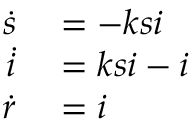
\begin{array} { r l } { \dot { s } } & { { } = - k s i } \\ { \dot { i } } & { { } = k s i - i } \\ { \dot { r } } & { { } = i } \end{array}